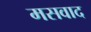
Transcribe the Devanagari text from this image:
मसवाद